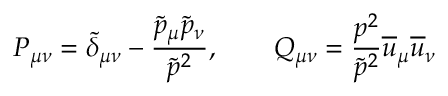
P _ { \mu \nu } = \tilde { \delta } _ { \mu \nu } - \frac { \tilde { p } _ { \mu } \tilde { p } _ { \nu } } { \tilde { p } ^ { 2 } } , \qquad Q _ { \mu \nu } = \frac { p ^ { 2 } } { \tilde { p } ^ { 2 } } \overline { { { u } } } _ { \mu } \overline { { { u } } } _ { \nu }